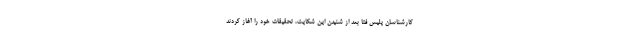
کارشناسان پلیس فتا بعد از شنیدن این شکایت، تحقیقات خود را آغاز کردند